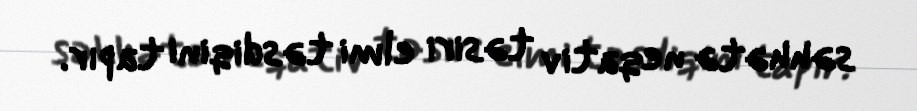
səhhətə neqativ təsiri elmi təsdiqini tapır.